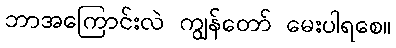
ဘာအကြောင်းလဲ ကျွန်တော် မေးပါရစေ။